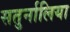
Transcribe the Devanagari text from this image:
सतुर्नालिया